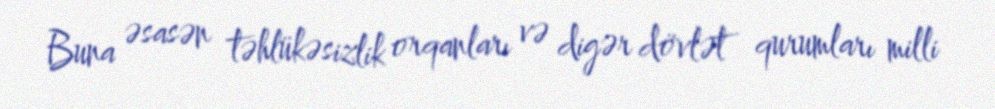
Buna əsasən təhlükəsizlik orqanları və digər dövlət qurumları milli